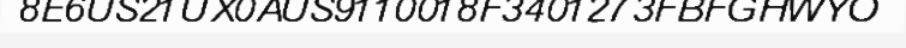
8E6US21UX0AUS9110018F3401273FBFGHWYO